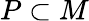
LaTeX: P\subset M